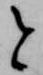
と